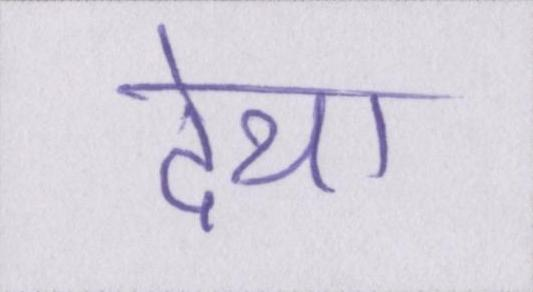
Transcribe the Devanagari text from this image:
देथा